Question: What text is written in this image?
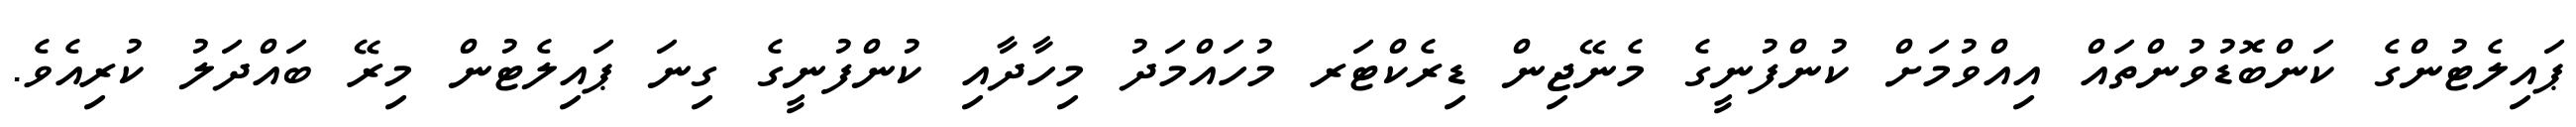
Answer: ޕައިލެޓުންގެ ކަންބޮޑުވުންތައް އިއްވުމަށް ކުންފުނީގެ މެނޭޖިން ޑިރެކްޓަރ މުހައްމަދު މިހާދާއި ކުންފުނީގެ ގިނަ ޕައިލެޓުން މިރޭ ބައްދަލު ކުރިއެވެ.